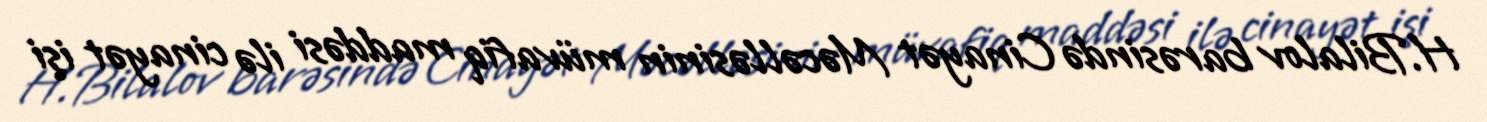
H.Bilalov barəsində Cinayət Məcəlləsinin müvafiq maddəsi ilə cinayət işi